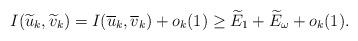
LaTeX: \begin{align*}I(\widetilde{u}_{k},\widetilde{v}_{k})=I(\overline{u}_{k},\overline{v}_{k})+o_{k}(1)\geq \widetilde{E}_{1}+\widetilde{E}_{\omega}+o_{k}(1).\end{align*}